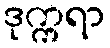
ဒုက္ကရာ